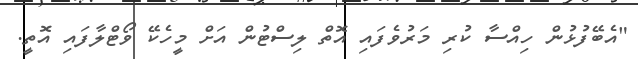
"އެބޭފުޅުން ހިއްސާ ކުރި މަރުވެފައި އޮތް ލިސްޓުން އަށް މީހެކޭ ވޯޓްލާފައި އޮތީ.